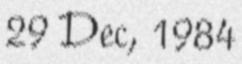
29 Dec, 1984